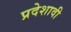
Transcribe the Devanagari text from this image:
प्रदेशावी